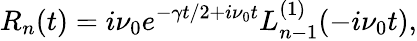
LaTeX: R_{n}(t)=i\nu_{0}e^{-\gamma t/2+i\nu_{0}t}L_{n-1}^{(1)}(-i\nu_{0}t),